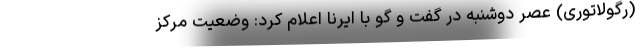
(رگولاتوری) عصر دوشنبه در گفت و گو با ایرنا اعلام کرد: وضعیت مرکز